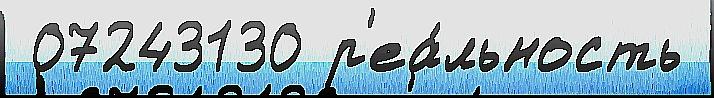
 07243130 р'еа́льность